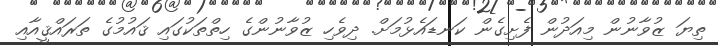
ތިޔަ ޒުވާނުން މިއަދުން ފެށިގެން ކަނޑައެޅުމަށް. ދިވެހި ޒުވާނުންގެ ހިތްތަކުގައި ޤައުމުގެ ތަރައްޤީއާއި